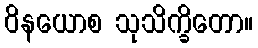
ဝိနယောစ သုသိက္ခိတော။